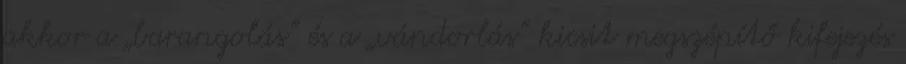
akkor a „barangolás” és a „vándorlás” kicsit megszépítő kifejezés